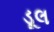
ડૂલ